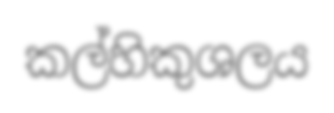
කල්හිකුශලය